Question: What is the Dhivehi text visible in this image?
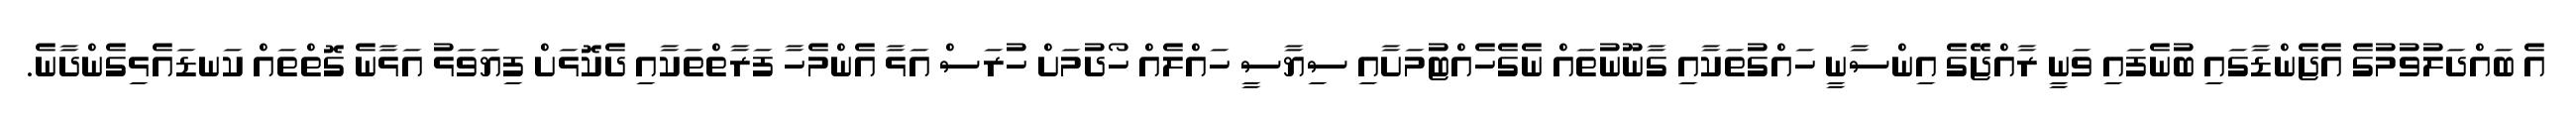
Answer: އެ ބައްދަލުވުމުގެ އެޖެންޑާގައި ބުނެފައި ވަނީ ރާއްޖޭގެ އިންސާނީ ހައްގުތަކާއި ގާނޫނުތައް ނެގެހެއްޓުމަށާއި ސިޔާސީ ހައްލެއް ހޯދުމަށް ހުރަސް އަޅާ އެންމެހާ ފަރާތްތަކާއި ދެކޮޅަށް ފިޔަވަޅު އަޅާނެ ގޮތްތައް ކަނޑައެޅިގެންދާނެ.